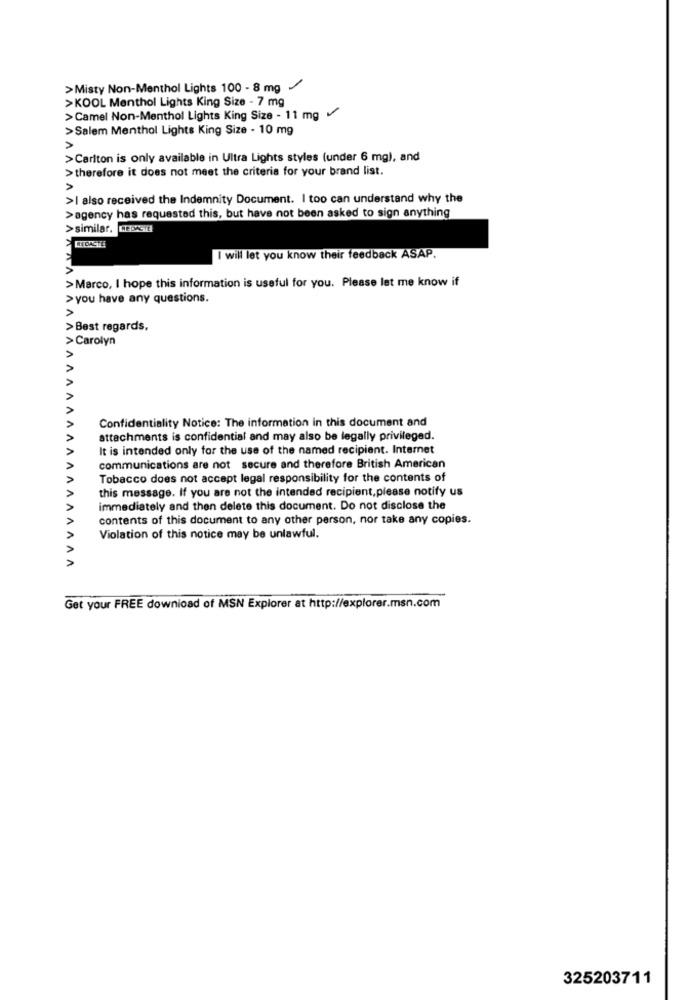
>Misty Non-Menthol Lights 100 - 8 mg /
>KOOL Menthol Lights King Size - 7 mg
> Camel Non-Menthol Lights King Size - 11 mg
>Salem Menthol Lights King Size - 10 mg
>Carlton is only available in Ultra Lights styles (under 6 mg), and
> therefore it does not meet the criteria for your brand list.
>I also received the Indemnity Document. I too can understand why the
>agency has requested this, but have not been asked to sign anything
>similar. LIEDACTE
I will let you know their feedback ASAP.
>Marco, I hope this information is useful for you. Please let me know if
> you have any questions.
>Best regards,
> Carolyn
V V
Confidentiality Notice: The information in this document and
attachments is confidential and may also be legally privileged.
It is intended only for the use of the named recipient. Internet
communications are not secure and therefore British American
Tobacco does not accept legal responsibility for the contents of
this message. If you are not the intended recipient, please notify us
immediately and then delete this document. Do not disclose the
contents of this document to any other person, nor take any copies.
Violation of this notice may be unlawful.
A
Get your FREE download of MSN Explorer at http://explorer.msn.com
325203711